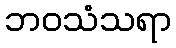
ဘဝသံသရာ